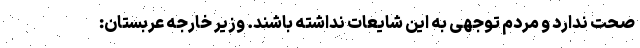
صحت ندارد و مردم توجهی به این شایعات نداشته باشند. وزیر خارجه عربستان: